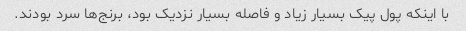
با اینکه پول پیک بسیار زیاد و فاصله‌ بسیار نزدیک بود، برنج‌ها سرد بودند.